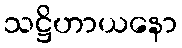
သဋ္ဌိဟာယနော